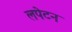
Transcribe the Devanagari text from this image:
लपेटन